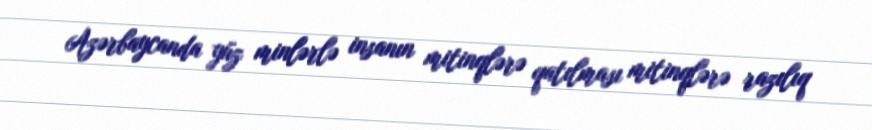
Azərbaycanda yüz minlərlə insanın mitinqlərə qatılması mitinqlərə razılıq